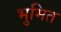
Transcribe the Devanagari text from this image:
भुमित